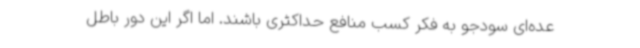
عده‌ای سودجو به فکر کسب منافع حداکثری باشند. اما اگر این دور باطل